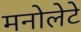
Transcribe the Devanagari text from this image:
मनोलेटे